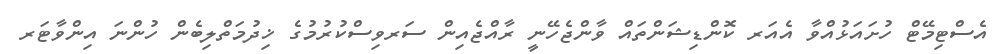
އެސްޓިމޭޓް ހުށައަޅުއްވާ އެއަރ ކޮންޑިޝަންތައް ވާންޖެހޭނީ ރާއްޖެއިން ސަރވިސްކުރުމުގެ ޚިދުމަތްލިބެން ހުންނަ އިންވާޓަރ